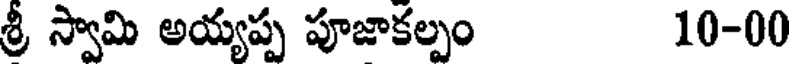
శ్రీ స్వామి అయ్యప్ప పూజాకల్పం 10-00